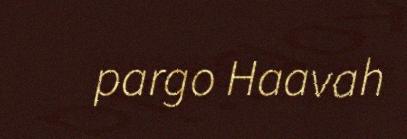
pargo Haavah